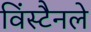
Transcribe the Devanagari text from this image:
विंस्टैनले